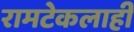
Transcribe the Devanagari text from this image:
रामटेकलाही